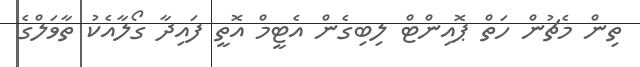
ތިން މެޗުން ހަތް ޕޮއިންޓް ލިބިގެން އެޓީމް އޮތީ ފައިދާ ގޯލާއެކު ތާވަލްގެ